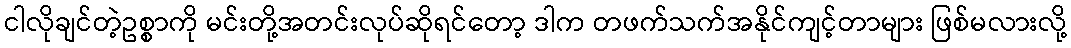
ငါလိုချင်တဲ့ဥစ္စာကို မင်းတို့အတင်းလုပ်ဆိုရင်တော့ ဒါက တဖက်သက်အနိုင်ကျင့်တာများ ဖြစ်မလားလို့